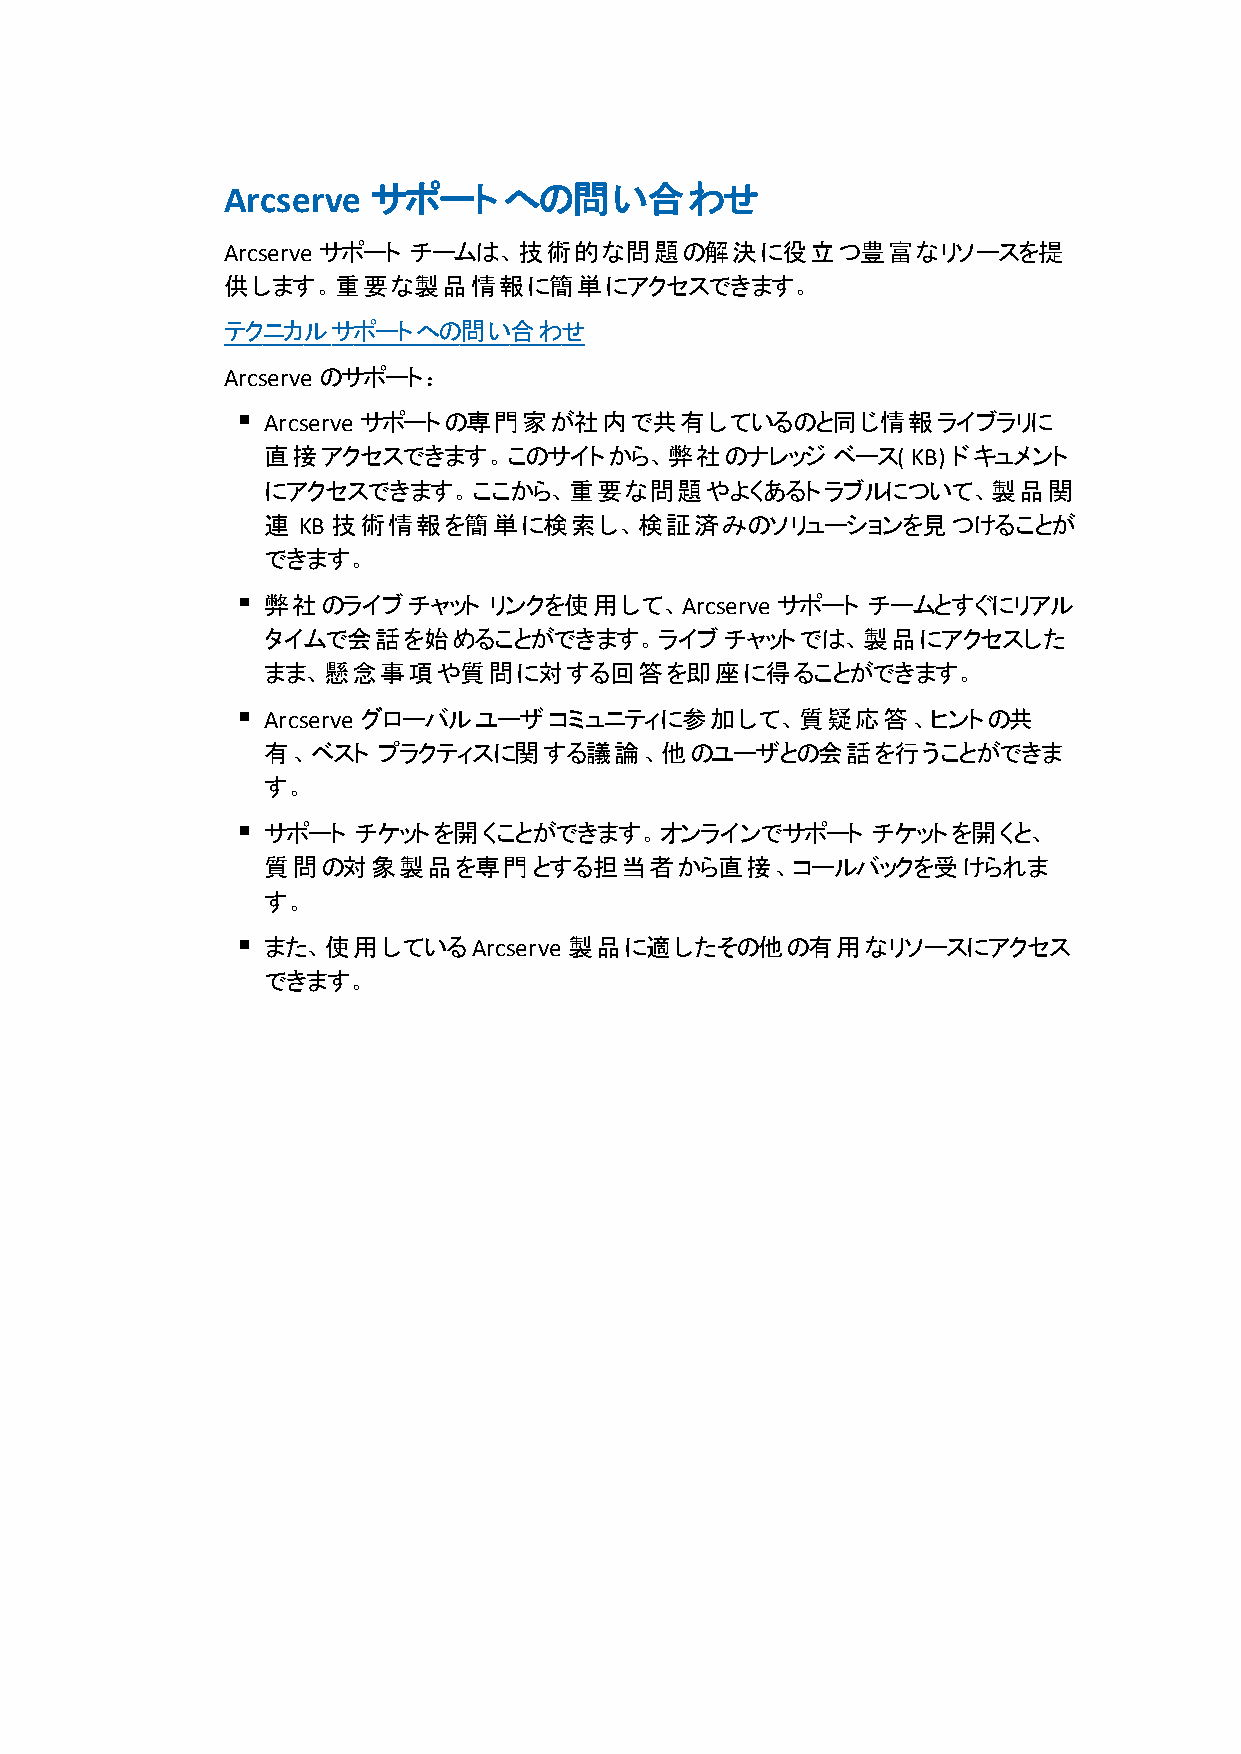
Arcserve  サポートへの問い合わせ
 Arcserve サポート チームは、技術的な問題の解決に役立つ豊富なリソースを提
 供します。重要な製品情報に簡単にアクセスできます。
 テクニカルサポートへの問い合わせ
 Arcserve のサポート：
 Arcserve サポートの専門家が社内で共有しているのと同じ情報ライブラリに
 直接アクセスできます。このサイトから、弊社のナレッジ            ベース( KB) ドキュメント
 にアクセスできます。ここから、重要な問題やよくあるトラブルについて、製品関
 連  KB 技術情報を簡単に検索し、検証済みのソリューションを見つけることが
 できます。
 弊社のライブチャット     リンクを使用して、Arcserve  サポート  チームとすぐにリアル
 タイムで会話を始めることができます。ライブチャットでは、製品にアクセスした
 まま、懸念事項や質問に対する回答を即座に得ることができます。
 Arcserve グローバルユーザコミュニティに参加して、質疑応答、ヒントの共
 有、ベスト   プラクティスに関する議論、他のユーザとの会話を行うことができま
 す。
 サポート  チケットを開くことができます。オンラインでサポート          チケットを開くと、
 質問の対象製品を専門とする担当者から直接、コールバックを受けられま
 す。
 また、使用しているArcserve    製品に適したその他の有用なリソースにアクセス
 できます。